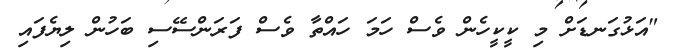
"އަޅުގަނޑަށް މި ކީކީހެން ވެސް ހަމަ ހައްތާ ވެސް ފަރަންސޭސި ބަހުން ލިޔެފައި